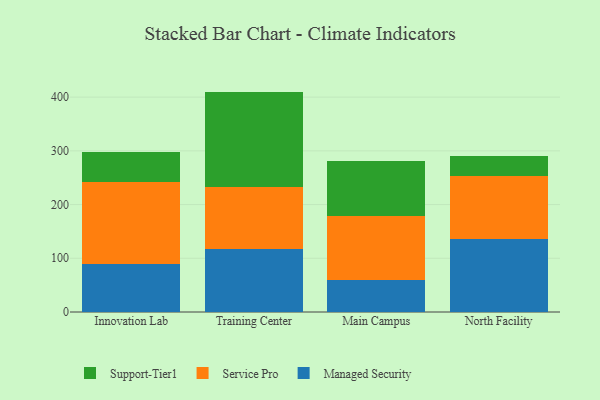
{"axis": {"x": "Campus", "y": "Humidity (%)"}, "legend": ["Managed Security", "Service Pro", "Support-Tier1"], "data": [{"x": "Innovation Lab", "y": 88.7, "type": "Managed Security"}, {"x": "Innovation Lab", "y": 153.8, "type": "Service Pro"}, {"x": "Innovation Lab", "y": 55.4, "type": "Support-Tier1"}, {"x": "Training Center", "y": 116.4, "type": "Managed Security"}, {"x": "Training Center", "y": 116.3, "type": "Service Pro"}, {"x": "Training Center", "y": 177.6, "type": "Support-Tier1"}, {"x": "Main Campus", "y": 59.9, "type": "Managed Security"}, {"x": "Main Campus", "y": 119.2, "type": "Service Pro"}, {"x": "Main Campus", "y": 101.7, "type": "Support-Tier1"}, {"x": "North Facility", "y": 136.7, "type": "Managed Security"}, {"x": "North Facility", "y": 115.6, "type": "Service Pro"}, {"x": "North Facility", "y": 37.3, "type": "Support-Tier1"}]}